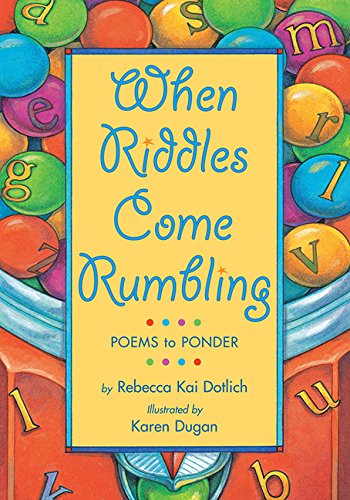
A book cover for When Riddles Come Rumbling: Poems to Ponder; Rebecca Kai Dotlich; Children's Books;